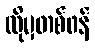
ထိုမှတစ်ဖန်